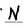
Character: N